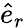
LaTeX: \hat{e}_{r}